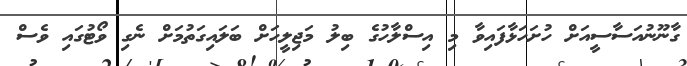
ގާނޫނުއަސާސީއަށް ހުށަހަޅާފައިވާ މި އިސްލާހުގެ ބިލު މަޖިލީހަށް ބަލައިގަތުމަށް ނެގި ވޯޓުގައި ވެސް